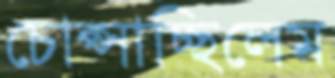
চোপ্‌সাচ্ছিলেম